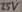
Text: 25V